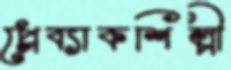
প্লেব্যাকশিল্পী